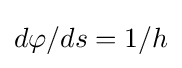
\textstyle d\varphi /ds=1/h